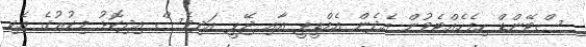
ސްޓޭންޑް ހިފެހެއްޓެވުން އެދެން އެމްޑީޕީ އާއި ޖޭޕީ އަދިވެސް އިދިކޮޅު ފިކުރުގެ އެކި